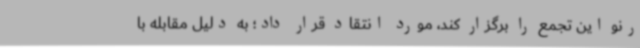
رنو این تجمع را برگزار کند، مورد انتقاد قرار داد؛ به دلیل مقابله با